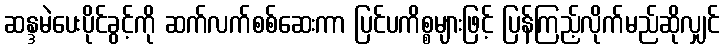
ဆန္ဒမဲပေးပိုင်ခွင့်ကို ဆက်လက်စစ်ဆေးကာ ပြင်ပကိစ္စများဖြင့် ပြန်ကြည့်လိုက်မည်ဆိုလျှင်